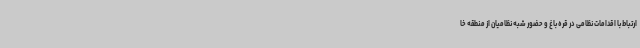
ارتباط با اقدامات نظامی در قره باغ و حضور شبه نظامیان از منطقه خا